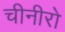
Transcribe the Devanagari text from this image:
चीनीरो